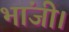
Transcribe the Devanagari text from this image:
भांजी।